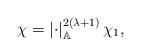
LaTeX: \begin{align*}\chi=\left|\cdot\right|_{\mathbb{A}}^{2(\lambda+1)}\chi_1,\end{align*}